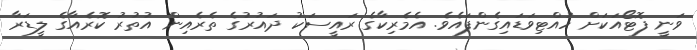
ވަނީ ފޮޓޯއަކަށް ހުއްޓިވަޑައިގެންފައެވެ. އެމެރިކާގެ ރައީސަކު ދައުރުގެ ތެރެއިން އުތުރު ކޮރެއާގެ ލީޑަރާ